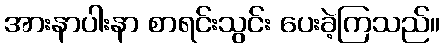
အားနာပါးနာ စာရင်းသွင်း ပေးခဲ့ကြသည်။